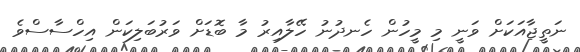
ނަތީޖާއަކަށް ވަނީ މި މީހުން ހެނދުނު ހޭލާއިރު މާ ބޮޑަށް ވަރުބަލިކަން އިހްސާސްވެ